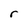
Character: r